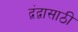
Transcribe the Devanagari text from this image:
द्वंद्वासाठी